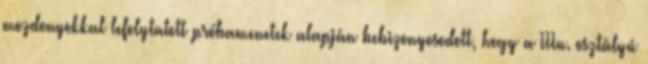
mozdonyokkal lefolytatott próbamenetek alapján bebizonyosodott, hogy a IIIu. osztályú